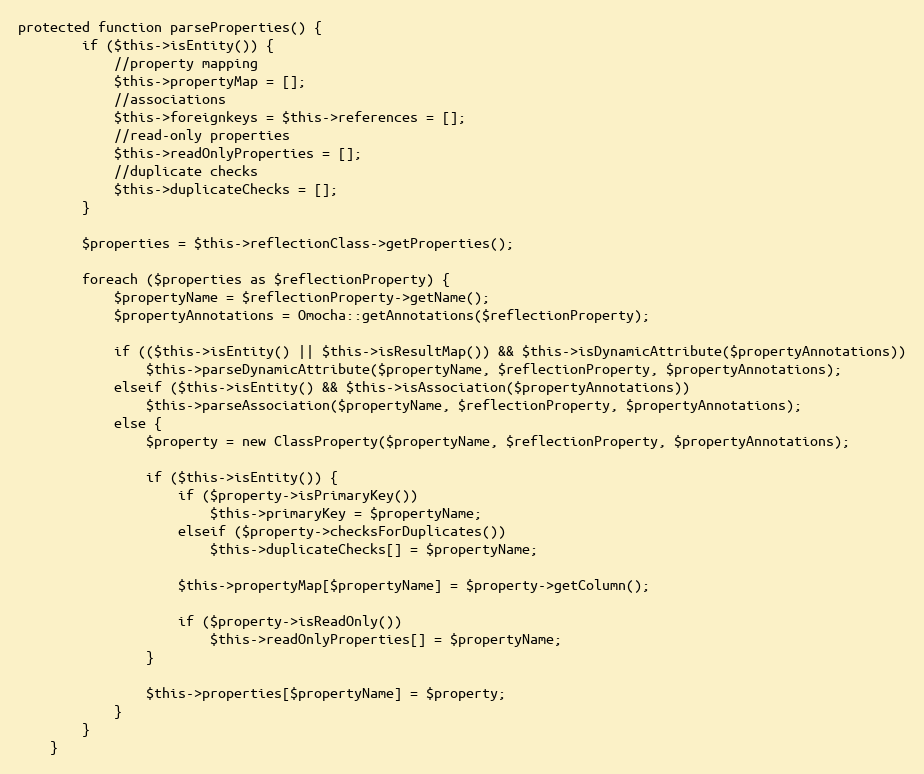
Language: PHP
protected function parseProperties() {
		if ($this->isEntity()) {
			//property mapping
			$this->propertyMap = [];
			//associations
			$this->foreignkeys = $this->references = [];
			//read-only properties
			$this->readOnlyProperties = [];
			//duplicate checks
			$this->duplicateChecks = [];
		}

		$properties = $this->reflectionClass->getProperties();

		foreach ($properties as $reflectionProperty) {
			$propertyName = $reflectionProperty->getName();
			$propertyAnnotations = Omocha::getAnnotations($reflectionProperty);

			if (($this->isEntity() || $this->isResultMap()) && $this->isDynamicAttribute($propertyAnnotations))
				$this->parseDynamicAttribute($propertyName, $reflectionProperty, $propertyAnnotations);
			elseif ($this->isEntity() && $this->isAssociation($propertyAnnotations))
				$this->parseAssociation($propertyName, $reflectionProperty, $propertyAnnotations);
			else {
				$property = new ClassProperty($propertyName, $reflectionProperty, $propertyAnnotations);

				if ($this->isEntity()) {
					if ($property->isPrimaryKey())
						$this->primaryKey = $propertyName;
					elseif ($property->checksForDuplicates())
						$this->duplicateChecks[] = $propertyName;

					$this->propertyMap[$propertyName] = $property->getColumn();

					if ($property->isReadOnly())
						$this->readOnlyProperties[] = $propertyName;
				}

				$this->properties[$propertyName] = $property;
			}
		}
	}